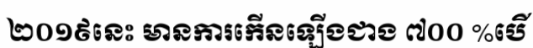
២០១៩នេះ មានការកើនឡើងជាង ៧០០ %បើ